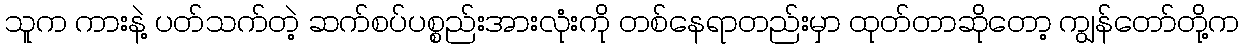
သူက ကားနဲ့ ပတ်သက်တဲ့ ဆက်စပ်ပစ္စည်းအားလုံးကို တစ်နေရာတည်းမှာ ထုတ်တာဆိုတော့ ကျွန်တော်တို့က